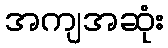
အကျအဆုံး